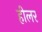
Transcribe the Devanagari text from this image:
हीलर